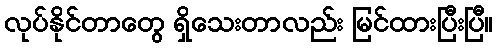
လုပ်နိုင်တာတွေ ရှိသေးတာလည်း မြင်ထားပြီးပြီ။